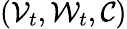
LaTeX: (\mathcal{V}_{t},\mathcal{W}_{t},\mathcal{C})